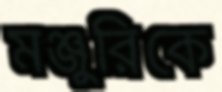
মঞ্জুরিকে